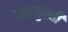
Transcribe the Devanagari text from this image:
दशमुखी